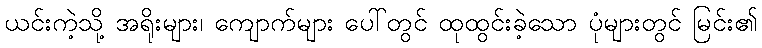
ယင်းကဲ့သို့ အရိုးများ၊ ကျောက်များ ပေါ်တွင် ထုထွင်းခဲ့သော ပုံများတွင် မြင်း၏